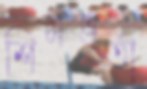
শিমভর্তা